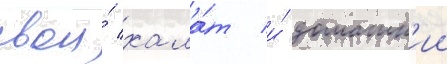
свои́ хала́т и́ домашн'ии